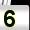
Digit: 5